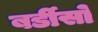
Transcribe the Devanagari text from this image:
बर्डीसो